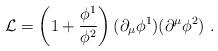
LaTeX: \begin{align*}{\cal L}=\left( 1+\frac{\phi^1}{\phi^2}\right)(\partial_\mu\phi^1) (\partial^\mu\phi^2)\ .\end{align*}